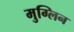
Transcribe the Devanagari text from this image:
मुग्लिन